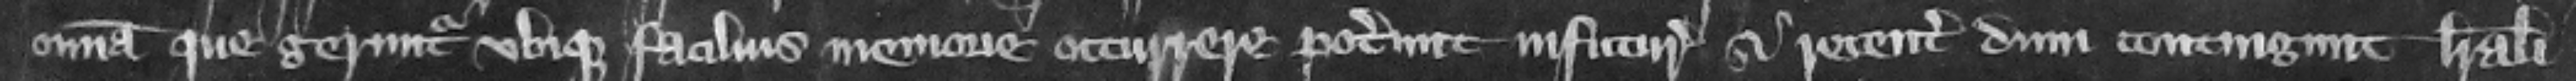
omnia que geruntur vbique facilius memorie occurrere poterunt in futurum si recenter dum contingunt litterali